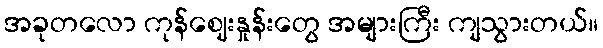
အခုတလော ကုန်ဈေးနှုန်းတွေ အများကြီး ကျသွားတယ်။